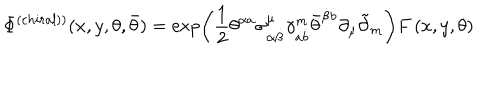
\Phi ^ { \left( c h i r a l ) \right) } ( x , y , \theta , \bar { \theta } ) = \exp \left( \frac 1 2 \theta ^ { \alpha a } \sigma _ { \alpha \dot { \beta } } ^ { \mu } \gamma _ { a \dot { b } } ^ { m } \bar { \theta } ^ { \dot { \beta } \dot { b } } \partial _ { \mu } \tilde { \partial } _ { m } \right) F \left( x , y , \theta \right)